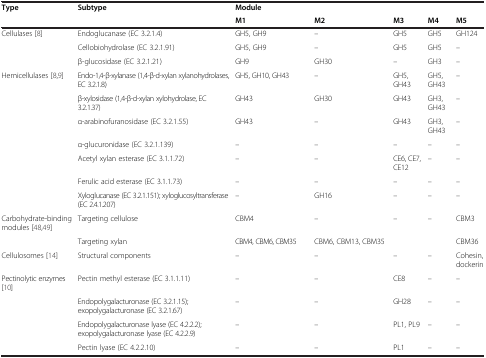
<table><thead><tr><td><b>Type</b></td><td><b>Subtype</b></td><td><b>Module</b></td><td></td><td></td><td></td><td></td></tr><tr><td></td><td></td><td><b>M1</b></td><td><b>M2</b></td><td><b>M3</b></td><td><b>M4</b></td><td><b>M5</b></td></tr></thead><tbody><tr><td>Cellulases [8]</td><td>Endoglucanase (EC 3.2.1.4)</td><td>GH5, GH9</td><td>–</td><td>GH5</td><td>GH5</td><td>GH124</td></tr><tr><td></td><td>Cellobiohydrolase (EC 3.2.1.91)</td><td>GH5, GH9</td><td>–</td><td>GH5</td><td>GH5</td><td>–</td></tr><tr><td></td><td>β-glucosidase (EC 3.2.1.21)</td><td>GH9</td><td>GH30</td><td>–</td><td>GH3</td><td>–</td></tr><tr><td>Hemicellulases [8,9]</td><td>Endo-1,4-β-xylanase (1,4-β-d-xylan xylanohydrolases, EC 3.2.1.8)</td><td>GH5, GH10, GH43</td><td>–</td><td>GH5, GH43</td><td>GH5, GH43</td><td>–</td></tr><tr><td></td><td>β-xylosidase (1,4-β-d-xylan xylohydrolase, EC 3.2.1.37)</td><td>GH43</td><td>GH30</td><td>GH43</td><td>GH3, GH43</td><td>–</td></tr><tr><td></td><td>α-arabinofuranosidase (EC 3.2.1.55)</td><td>GH43</td><td>–</td><td>GH43</td><td>GH3, GH43</td><td>–</td></tr><tr><td></td><td>α-glucuronidase (EC 3.2.1.139)</td><td>–</td><td>–</td><td>–</td><td>–</td><td>–</td></tr><tr><td></td><td>Acetyl xylan esterase (EC 3.1.1.72)</td><td>–</td><td>–</td><td>CE6, CE7, CE12</td><td>–</td><td>–</td></tr><tr><td></td><td>Ferulic acid esterase (EC 3.1.1.73)</td><td>–</td><td>–</td><td>–</td><td>–</td><td>–</td></tr><tr><td></td><td>Xyloglucanase (EC 3.2.1.151); xyloglucosyltransferase (EC 2.4.1.207)</td><td>–</td><td>GH16</td><td>–</td><td>–</td><td>–</td></tr><tr><td>Carbohydrate-binding modules [48,49]</td><td>Targeting cellulose</td><td>CBM4</td><td>–</td><td>–</td><td>–</td><td>CBM3</td></tr><tr><td></td><td>Targeting xylan</td><td>CBM4, CBM6, CBM35</td><td>CBM6, CBM13, CBM35</td><td></td><td></td><td>CBM36</td></tr><tr><td>Cellulosomes [14]</td><td>Structural components</td><td>–</td><td>–</td><td>–</td><td>–</td><td>Cohesin, dockerin</td></tr><tr><td>Pectinolytic enzymes [10]</td><td>Pectin methyl esterase (EC 3.1.1.11)</td><td>–</td><td>–</td><td>CE8</td><td>–</td><td>–</td></tr><tr><td></td><td>Endopolygalacturonase (EC 3.2.1.15); exopolygalacturonase (EC 3.2.1.67)</td><td>–</td><td>–</td><td>GH28</td><td>–</td><td>–</td></tr><tr><td></td><td>Endopolygalacturonase lyase (EC 4.2.2.2); exopolygalacturonase lyase (EC 4.2.2.9)</td><td>–</td><td>–</td><td>PL1, PL9</td><td>–</td><td>–</td></tr><tr><td></td><td>Pectin lyase (EC 4.2.2.10)</td><td>–</td><td>–</td><td>PL1</td><td>–</td><td>–</td></tr></tbody></table>